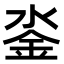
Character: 𨥗